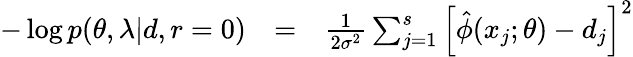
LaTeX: \begin{array}{ccc}{-\log p(\theta,\lambda|d,r=0)}&{=}&{\frac{1}{2\sigma^{2}}\sum_{j=1}^{s}\left[\hat{\phi}(x_{j};\theta)-d_{j}\right]^{2}}\end{array}